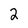
Character: 2